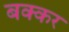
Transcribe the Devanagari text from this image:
बक्कर